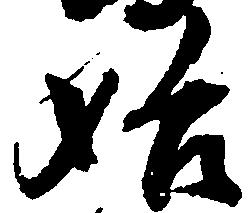
始